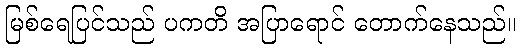
မြစ်ရေပြင်သည် ပကတိ အပြာရောင် တောက်နေသည်။